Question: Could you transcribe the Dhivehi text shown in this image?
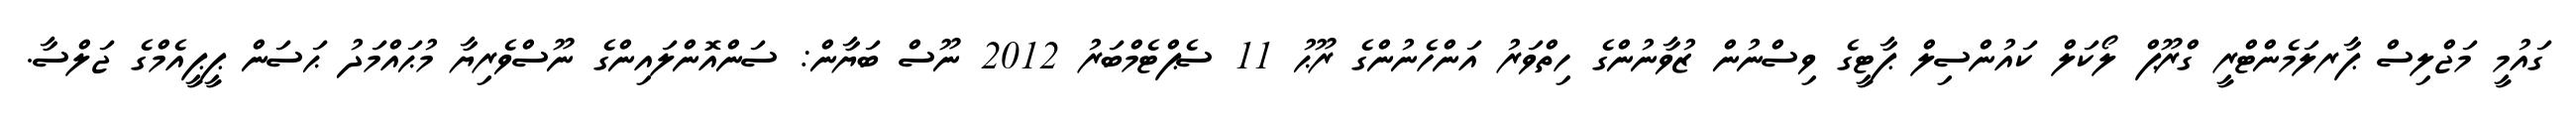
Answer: ގައުމީ މަޖްލިސް ޕާރލަމެންޓްރީ ގްރޫޕް ލޯކަލް ކައުންސިލް ޕާޓީގެ ވިސްނުން ޒުވާނުންގެ ހިތްވަރު އަންހެނުންގެ ރޫޙު 11 ސެޕްޓެމްބަރު 2012 ނޫސް ބަޔާން: ސަންއޮންލައިންގެ ނޫސްވެރިޔާ މުޙައްމަދު ޙަސަން ޕީޕީއެމްގެ ޖަލްސާ.